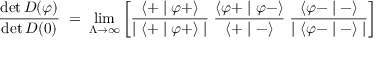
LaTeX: \frac { \operatorname * { d e t } D ( \varphi ) } { \operatorname * { d e t } D ( 0 ) } \; = \; \operatorname * { l i m } _ { \Lambda \to \infty } \left[ \frac { \langle + \mid \varphi + \rangle } { \mid \langle + \mid \varphi + \rangle \mid } \; \frac { \langle \varphi + \mid \varphi - \rangle } { \langle + \mid - \rangle } \; \frac { \langle \varphi - \mid - \rangle } { \mid \langle \varphi - \mid - \rangle \mid } \right]